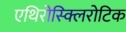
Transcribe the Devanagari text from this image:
एथिरोस्क्लिरोटिक